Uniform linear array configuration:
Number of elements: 16
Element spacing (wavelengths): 1
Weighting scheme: uniform
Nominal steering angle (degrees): -45
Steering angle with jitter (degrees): -45.04
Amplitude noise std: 0.05
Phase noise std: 0.05

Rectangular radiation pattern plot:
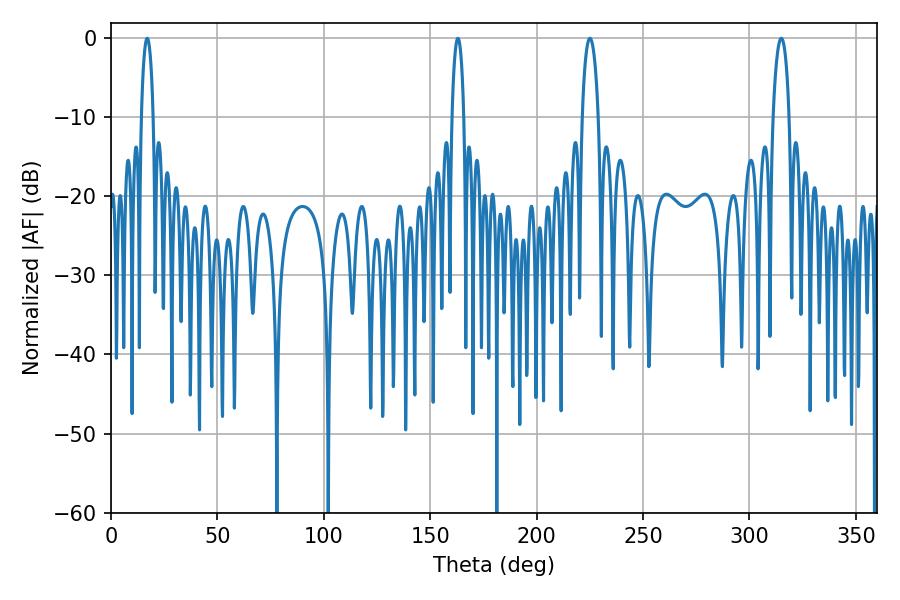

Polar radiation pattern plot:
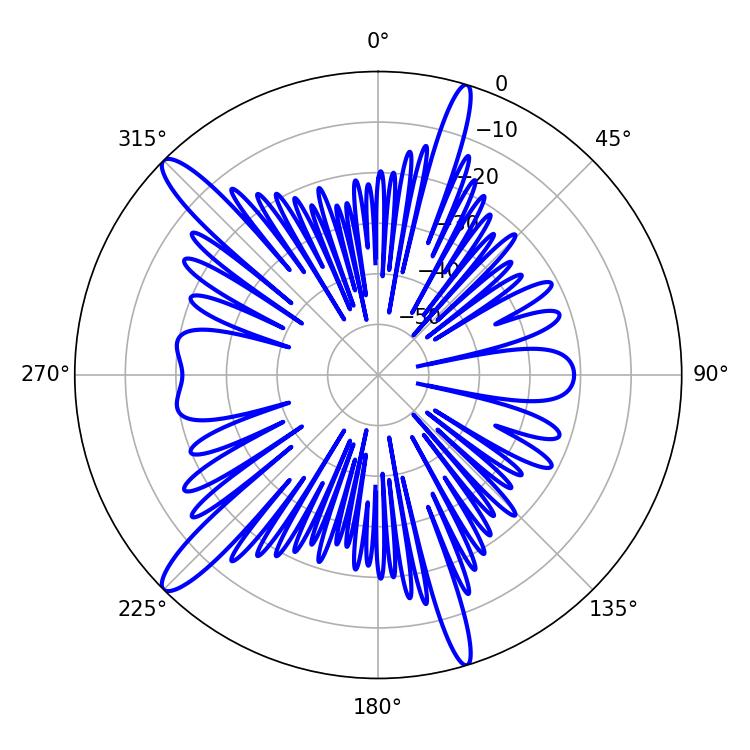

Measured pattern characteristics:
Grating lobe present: TRUE
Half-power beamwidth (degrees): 4.14
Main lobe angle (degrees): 225